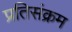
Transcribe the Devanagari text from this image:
प्रतिसंक्रम